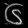
Digit: ၆